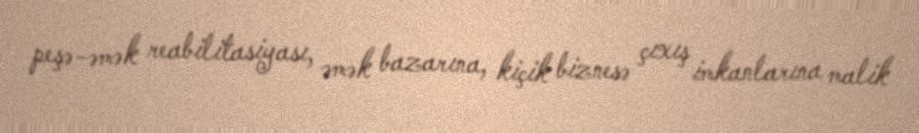
peşə-əmək reabilitasiyası, əmək bazarına, kiçik biznesə çıxış imkanlarına malik